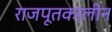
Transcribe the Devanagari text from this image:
राजपूतकालीन